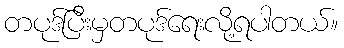
တပုဒ်ပြီးမှတပုဒ်ရေးလို့ရပါတယ်။